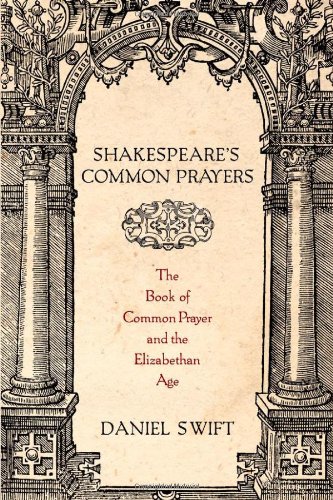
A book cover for Shakespeare's Common Prayers: The Book of Common Prayer and the Elizabethan Age; Daniel Swift; Christian Books & Bibles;